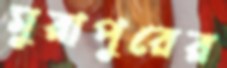
মুরাপুরের